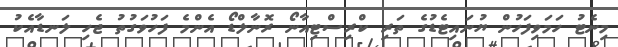
މިނެޓު ހަމަވިފަހުން ޔުނައިޓެޑުގެ ތަރި ކްރިސްޓިއާނޯ ރޮނާލްޑޯ އެންމެ ފަހުވަގުތު ޖެހި ލަނޑާއެކު